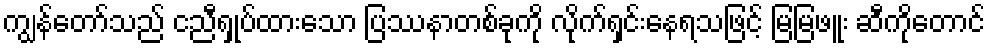
ကျွန်တော်သည် ငညီရှုပ်ထားသော ပြဿနာတစ်ခုကို လိုက်ရှင်းနေရသဖြင့် မြမြဖူး ဆီကိုတောင်